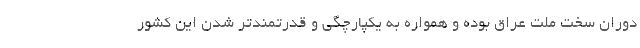
دوران سخت ملت عراق بوده و همواره به یکپارچگی و قدرتمندتر شدن این کشور